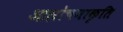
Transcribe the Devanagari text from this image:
आलोचनाकृति